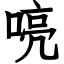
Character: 喨